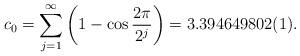
LaTeX: \begin{align*} c_0 = \sum_{j=1}^\infty \left(1 - \cos \frac{2\pi}{2^j}\right) =3.394649802(1).\end{align*}